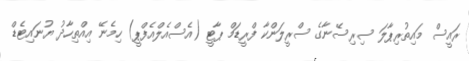
ރައީސް މައިތުރިޕާލަ ސިރިސޭނާގެ ސްރީލަންކާ ފްރީޑަމް ޕާޓީ (އެސްއެލްއެފްޕީ) ހިމެނޭ އިއްތިހާދު ޔުނައިޓެޑް